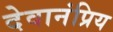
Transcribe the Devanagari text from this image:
देवानंप्रिय